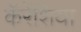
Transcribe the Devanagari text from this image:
कॅरेंशिया